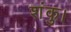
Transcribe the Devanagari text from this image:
शंकु।